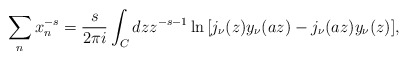
\begin{align*}\sum_n x_n^{-s}={s\over 2\pi i}\int_C dz z^{-s-1}\ln{\left[j_\nu (z) y_\nu (a z) - j_\nu (az) y_\nu (z)\right]},\end{align*}